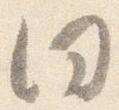
同